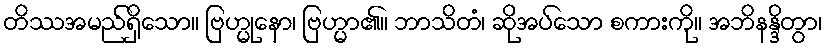
တိဿအမည်ရှိသော။ ဗြဟ္မုနော၊ ဗြဟ္မာ၏။ ဘာသိတံ၊ ဆိုအပ်သော စကားကို။ အဘိနန္ဒိတွာ၊